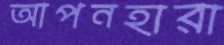
আপনহারা